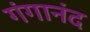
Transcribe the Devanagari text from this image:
गंगानंद